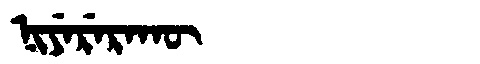
Manchu: ᠨᡳᠶᡝᡵᡝᡵᠠᡴᡡ
Romanization: NIYERERAKŪ